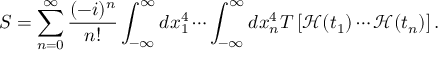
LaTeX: S = \sum _ { n = 0 } ^ { \infty } { \frac { ( - i ) ^ { n } } { n ! } } \int _ { - \infty } ^ { \infty } d x _ { 1 } ^ { 4 } \cdots \int _ { - \infty } ^ { \infty } d x _ { n } ^ { 4 } T \left[ { \mathcal { H } } ( t _ { 1 } ) \cdots { \mathcal { H } } ( t _ { n } ) \right] .